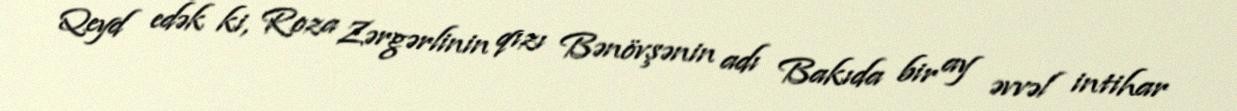
Qeyd edək ki, Roza Zərgərlinin qızı Bənövşənin adı Bakıda bir ay əvvəl intihar